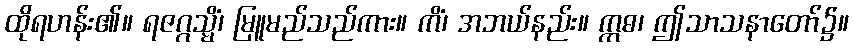
ထိုရဟန်း၏။ ရဇဂ္ဂသ္မိံ၊ မြူမည်သည်ကား။ ကိံ၊ အဘယ်နည်း။ ဣဓ၊ ဤသာသနာတော်၌။